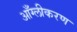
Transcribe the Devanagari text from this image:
आँग्लीकरण